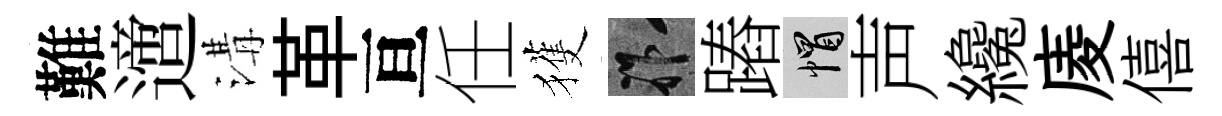
難𨗁溝革亘任獲祚蹖帽声纔庱僖